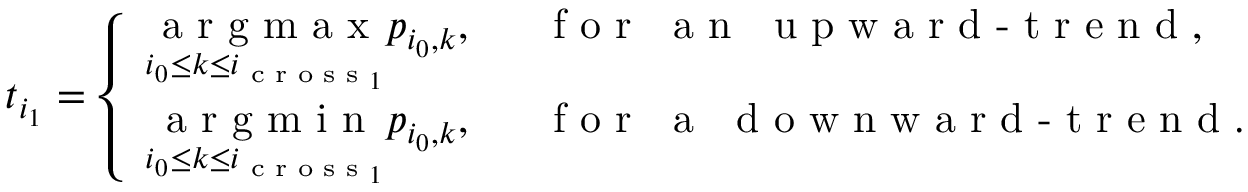
t _ { i _ { 1 } } = \left\{ \begin{array} { l l } { \underset { i _ { 0 } \leq k \leq i _ { \textrm { c r o s s } _ { 1 } } } { \textrm { a r g m a x } } p _ { i _ { 0 } , k } , } & { \mathrm { \textrm { ~ f o r ~ a n ~ u p w a r d - t r e n d } } , } \\ { \underset { { i _ { 0 } \leq k \leq i _ { \textrm { c r o s s } _ { 1 } } } } { \textrm { a r g m i n } } p _ { i _ { 0 } , k } , } & { \mathrm { \textrm { ~ f o r ~ a ~ d o w n w a r d - t r e n d } . } } \end{array} \right.